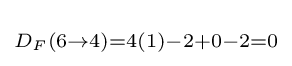
\scriptstyle D_{F}(6\rightarrow 4)=4(1)-2+0-2=0